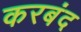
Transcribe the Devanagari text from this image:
करबंद